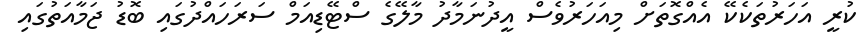
ކުރީ އަހަރުތަކެކޭ އެއްގޮތަށް މިއަހަރުވެސް އީދުނަމާދު މާލޭގެ ސްޓޭޑިއަމް ސަރަހައްދުގައި ބޮޑު ޖަމާއަތުގައި